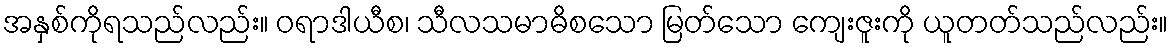
အနှစ်ကိုရသည်လည်း။ ဝရာဒါယီစ၊ သီလသမာဓိစသော မြတ်သော ကျေးဇူးကို ယူတတ်သည်လည်း။